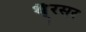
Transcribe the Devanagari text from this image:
थै्रसर